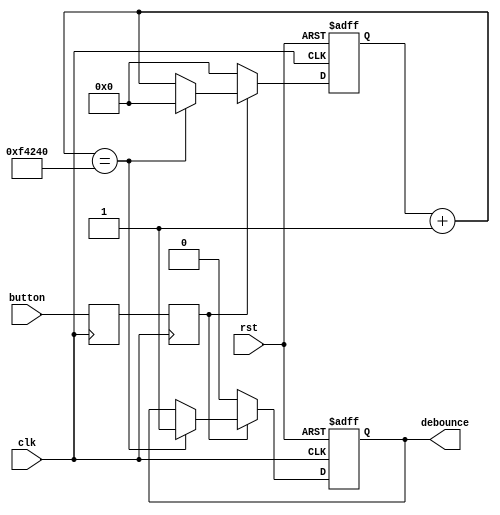
`timescale 1ns / 1ps
//////////////////////////////////////////////////////////////////////////////////
// Company: 
// Engineer: 
// 
// Design Name: 
// Module Name:    LevelDebounce 
// Project Name: 
// Target Devices: 
// Tool versions: 
// Description: 
//
// Dependencies: 
//
// Revision: 
// Revision 0.01 - File Created
// Additional Comments: 
//
//////////////////////////////////////////////////////////////////////////////////
module LevelDebounce(clk,
							rst, 
							button, 
							debounce);

	input  	  clk,
				  rst,
				  button;
			 
	output 	  debounce;
	
	reg [19:0] cntr;
	reg 		  debounce;
	
	reg 		  button_1;
	reg 		  button_sync;
	
	always @(posedge clk)
	begin
		button_1 <= button;
		button_sync <= button_1;
	end
	
	
	always @(posedge clk or posedge rst)
	begin
		if(rst)
		begin
			cntr = 0;
			debounce = 0;
		end
		else if (button_sync)
		begin
			cntr = cntr+1;
			if(cntr == 1000000)
			begin
				cntr = 0 ;
				debounce = 1;
			end
		end
		else
		begin
			cntr = 0;
			debounce = 0;
		end		
	end
	
endmodule